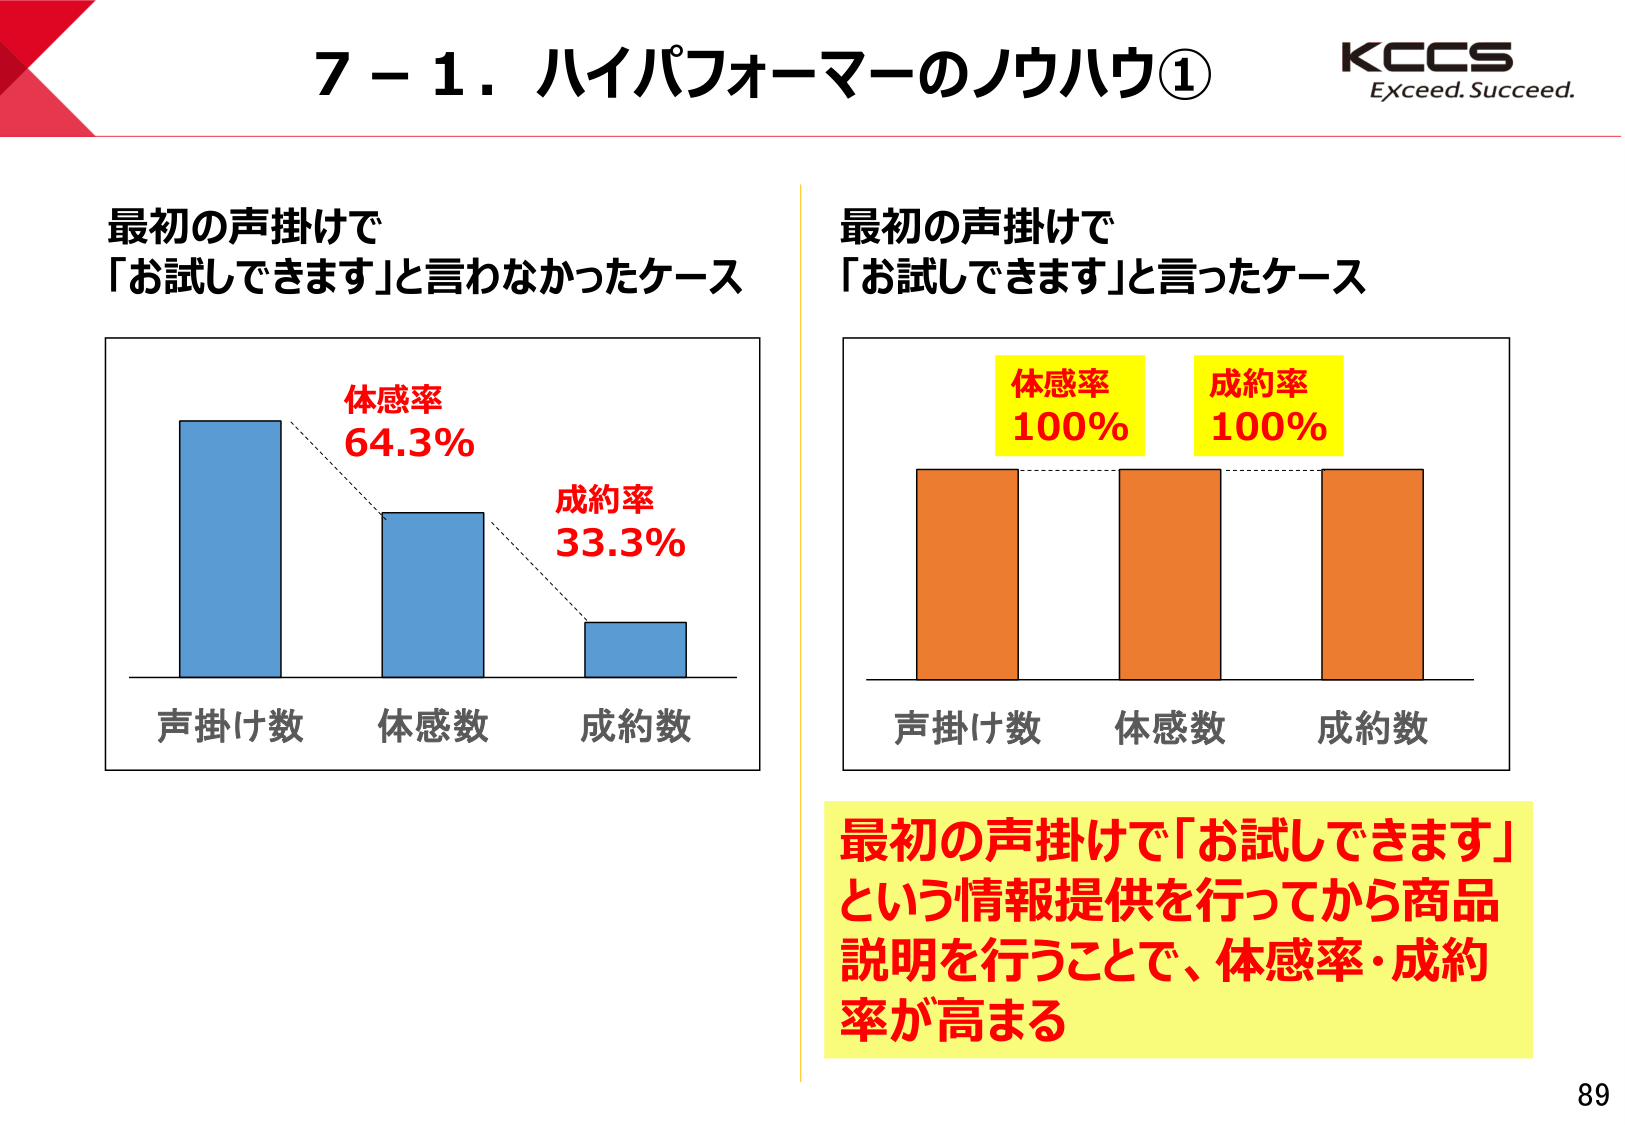
7－1．ハイパフォーマーのノウハウ①
KCCS
Exceed. Succeed.

最初の声掛けで
「お試しできます」と言わなかったケース

体感率
64.3%
成約率
33.3%

声掛け数　体感数　成約数

最初の声掛けで
「お試しできます」と言ったケース

体感率
100%
成約率
100%

声掛け数　体感数　成約数

最初の声掛けで「お試しできます」
という情報提供を行ってから商品
説明を行うことで、体感率・成約
率が高まる

89